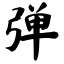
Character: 弹